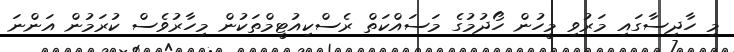
މި ހާދިސާގައި މަރުވި މީހުން ހޯދުމުގެ މަސައްކަތް ރެސްކިއުޓީމްތަކުން މިހާރުވެސް ކުރަމުން އަންނަ